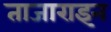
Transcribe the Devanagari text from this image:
ताजाराइन